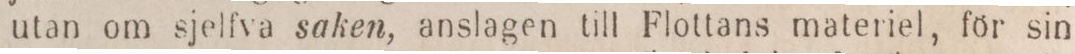
utan om sjelfva saken, anslagen till Flottans materiel, för sin